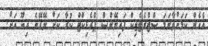
އެހެން ކަމަށްވާނަމަ ސްޓްރެޓެޖިކް ފައިނޭންސް ޕްރެޑިކްޓް ކުރާ ކަށް ނޭގޭނެ އިބޫ އަށް.